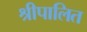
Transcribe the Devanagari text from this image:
श्रीपालित